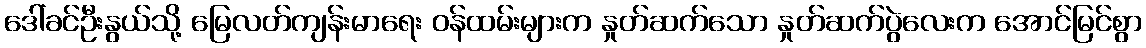
ဒေါ်ခင်ဦးနွယ်သို့ မြေလတ်ကျန်းမာရေး ဝန်ထမ်းများက နှုတ်ဆက်သော နှုတ်ဆက်ပွဲလေးက အောင်မြင်စွာ